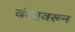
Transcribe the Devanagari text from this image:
वंशावरून